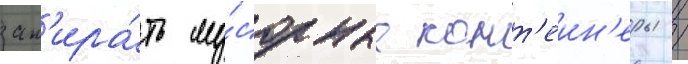
зап'ира́ть му́сорные конт'еин'еры /